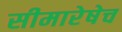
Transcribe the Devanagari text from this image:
सीमारेषेच